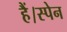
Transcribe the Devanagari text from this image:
हैं।स्पेन